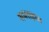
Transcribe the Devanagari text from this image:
समराइच्च